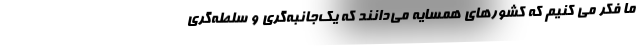
ما فکر می کنیم که کشورهای همسایه می‌دانند که یک‌جانبه‌گری و سلطه‌گری